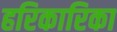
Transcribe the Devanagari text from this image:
हरिकारिका